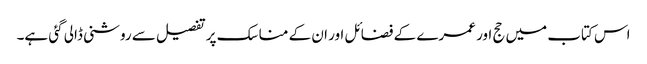
اس کتاب میں حج اور عمرے کے فضائل اور ان کے مناسک پر تفصیل سے روشنی ڈالی گئی ہے۔